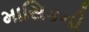
માસિકની